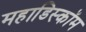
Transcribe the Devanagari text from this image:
महाडिस्कॉम